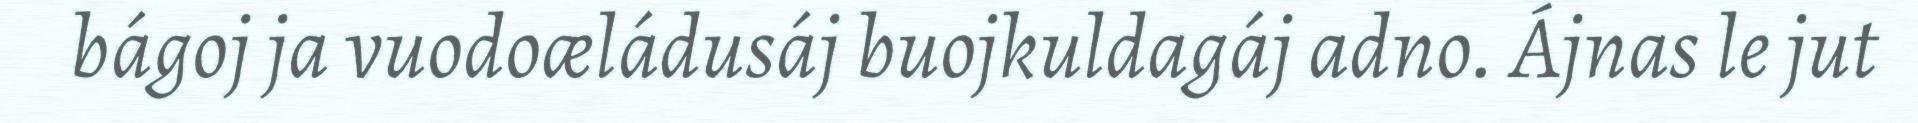
bágoj ja vuodoæládusáj buojkuldagáj adno. Ájnas le jut